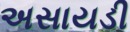
અસાયડી